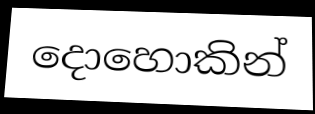
දොහොකින්